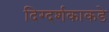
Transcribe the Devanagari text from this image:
दिग्दर्शकाकडे